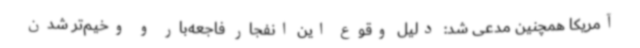
آمریکا همچنین مدعی شد: دلیل وقوع این انفجار فاجعه‌بار و وخیم‌تر شدن